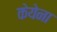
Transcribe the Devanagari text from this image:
केयेना